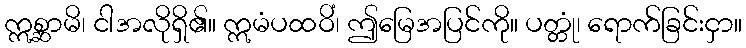
ဣစ္ဆာမိ၊ ငါအလိုရှိ၏။ ဣမံပထဝိံ၊ ဤမြေအပြင်ကို။ ပတ္တုံ၊ ရောက်ခြင်းငှာ။